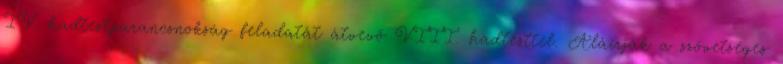
IV. hadtestparancsnokság feladatát átvevõ VIII. hadtesttel. Aláírják a szövetséges